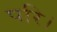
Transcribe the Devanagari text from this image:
परि।